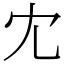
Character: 冘